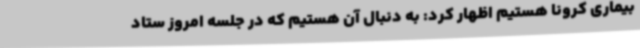
بیماری کرونا هستیم اظهار کرد: به دنبال آن هستیم که در جلسه امروز ستاد